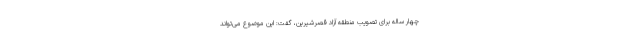
چهار ساله برای تصویب منطقه آزاد قصرشیرین، گفت: این موضوع می‌تواند